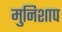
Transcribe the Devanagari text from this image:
मुनिशाप